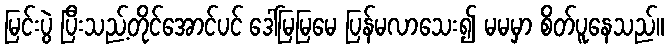
မြင်းပွဲ ပြီးသည့်တိုင်အောင်ပင် ဒေါ်မြမြမေ ပြန်မလာသေး၍ မမမှာ စိတ်ပူနေသည်။